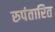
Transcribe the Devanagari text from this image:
रुपंतारित